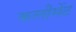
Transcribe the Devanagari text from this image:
कलीमेंट